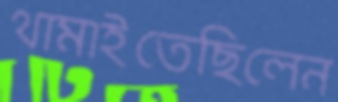
থামাইতেছিলেন